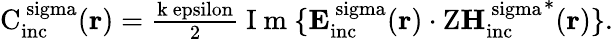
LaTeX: \begin{array}{r}{\mathrm{{C}_{\mathrm{{inc}}}^{\ sigma}({\mathbf r})=\frac{k\ epsilon}{2}\mathrm{~I~m~}\{ {\mathbf E}_{\mathrm{{inc}}}^{\ sigma}({\mathbf r})\cdot Z{{\mathbf H}_{\mathrm{{inc}}}^{\ sigma}}^{*}({\mathbf r})\} .}}\end{array}